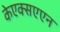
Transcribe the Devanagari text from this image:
केएक्सएएन